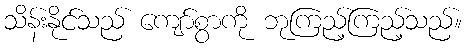
သိန်းနိုင်သည် ကျော်စွာကို ဘုကြည့်ကြည့်သည်။